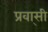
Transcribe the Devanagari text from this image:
प्रवा्सी